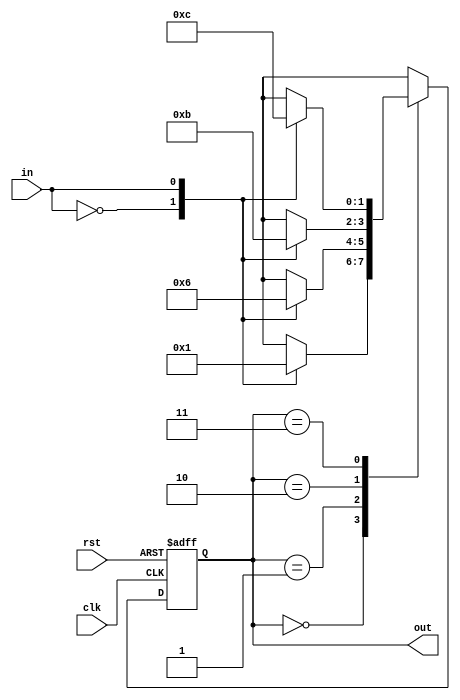
//! counter thats count up when input=1 and not count when input=0
module moore (
    input   clk,
    input   rst,
    input   in,
    output reg [1:0]out
);

reg [1:0] pres_state, next_state;
parameter s0 = 2'd0, s1 = 2'd1, s2 = 2'd2, s3 = 2'd3;   //sequential coding (states < 5)
//parameter s0 = 4'b0001, s1 = 4'b0010, s2 = 4'b0100, s3 = 4'b1000; // one-hot coding (states < 50)
//parameter s0 = 2'b00, s1 = 2'b01, s2 = 2'b11, s3 = 2'b10; // grey coding (states >= 50)
//
// FSM input combination logic (Next logic state)
always @(pres_state or in)
begin: fsm
    case (pres_state)
        s0: case(in)
                2'b0: next_state = s0;//blocked assingment (for combination logic)
                2'b1: next_state = s1;                    
            endcase
        s1: case(in)
                2'b0: next_state = s1;
                2'b1: next_state = s2;                    
            endcase
        s2: case(in)
                2'b0: next_state = s2;
                2'b1: next_state = s3;                    
            endcase
        s3: case(in)
                2'b0: next_state = s3;
                2'b1: next_state = s0;                    
            endcase
        default: next_state = s0;   // for all undescribed states    
        endcase
end //fsm

// FSM register (sequential logic)
always @(posedge clk or negedge rst) //asynchronous reset
begin: statereg
    if(!rst) 
        pres_state <= s0;    //blocked assingment (for combination logic)
    else
        pres_state <= next_state; //blocked assingment (for combination logic)
end // statereg


// FSM output logic
always @*
begin: outputs
    out = pres_state;
end //outputs

endmodule